Statistics compiled by the Government of India from the reports of provincial Civil Veterinary Departments
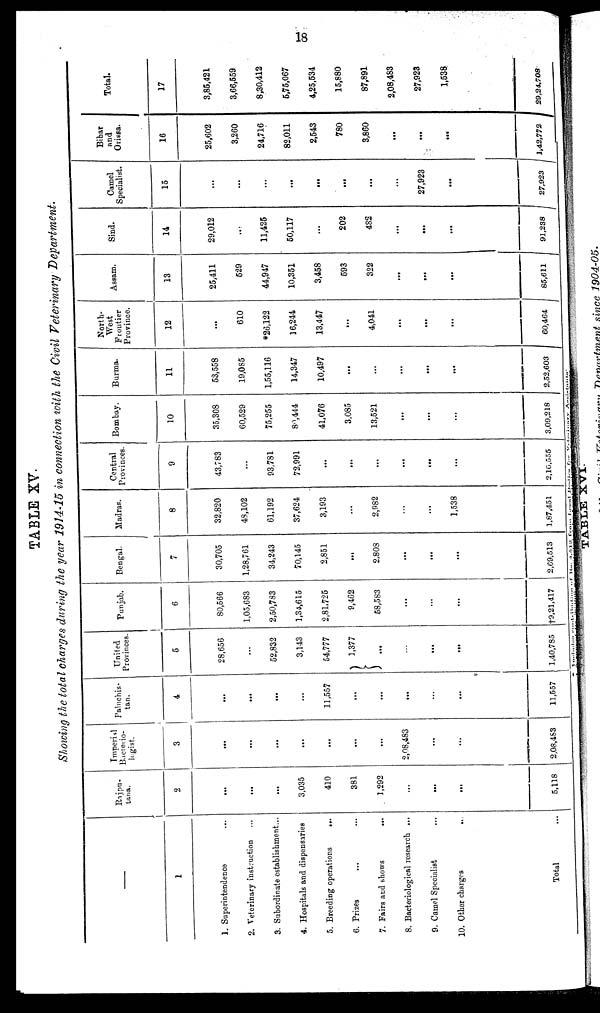
18
TABLE XV.
Showing the total charges during the year 1914-15 in connection with the Civil Veterinary Department.
—
1
1. Superintendence ...
2. Veterinary instruction ...
3. Subordinate establishment ...
4. Hospitals and dispensaries
5. Breeding operations
...
6. Prizes ... ...
7. Fairs and shows
...
8. Bacteriological research ...
9. Camel Specialist ...
10. Other charges
...
Total ...
Rajpu-
tana.
2
...
...
...
3,035
410
381
1,292
...
...
...
5,118
Imperial
Bacterio-
logist.
3
...
...
...
...
...
...
...
2,08,483
...
...
2,08,483
Paluchis-
tan.
4
...
...
...
...
11,557
...
...
...
...
...
11,557
United
Provinces.
5
28,656
...
52,832
3,143
54,777
1,377
...
...
...
...
1,40,785
Punjab.
6
80,566
1,05,683
2,50,783
1,34,615
2,81,725
9,462
58,583
...
...
...
†9,21,417
Bengal.
7
30,705
1,28,761
34,243
70,145
2,851
...
2,808
...
...
...
2,69,513
Madras.
8
32,820
48,102
61,192
37,624
3,193
...
2,982
...
...
1,538
1,87,451
Central
Provinces.
9
43,783
...
93,781
72,991
...
...
...
...
...
...
2,10,555
Bombay.
10
35,308
60,529
75,255
80,444
41,076
3,085
13,521
...
...
...
3,09,218
Burma.
11
53,558
19,085
1,55,116
14,347
10,497
...
...
...
...
...
2,52,603
North-
West
Frontier
Province.
12
...
610
*26,122
16,244
13,447
...
4,041
...
...
...
60,464
Assam.
13
25,411
529
44,947
10,351
3,458
593
322
...
...
...
85,611
Sind.
14
29,012
...
11,425
50,117
...
202
482
...
...
...
91,238
Camel
Specialist.
15
...
...
...
...
...
...
...
...
27,923
...
27,923
Bihar
and
Orissa.
16
25,602
3,260
24,716
82,011
2,543
780
3,860
...
...
...
1,42,772
Total.
17
3,85,421
3,66,559
8,30,412
5,75,067
4,25,534
15,880
87,891
2,08,483
27,923
1,538
29,24,708